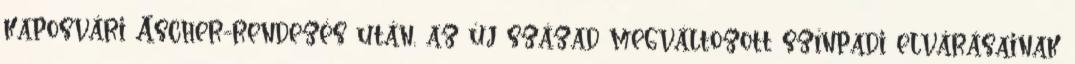
kaposvári Ascher-rendezés után, az új század megváltozott színpadi elvárásainak